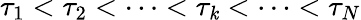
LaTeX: \tau_{1}<\tau_{2}<\cdots<\tau_{\mathit{k}}<\cdots<\tau_{N}